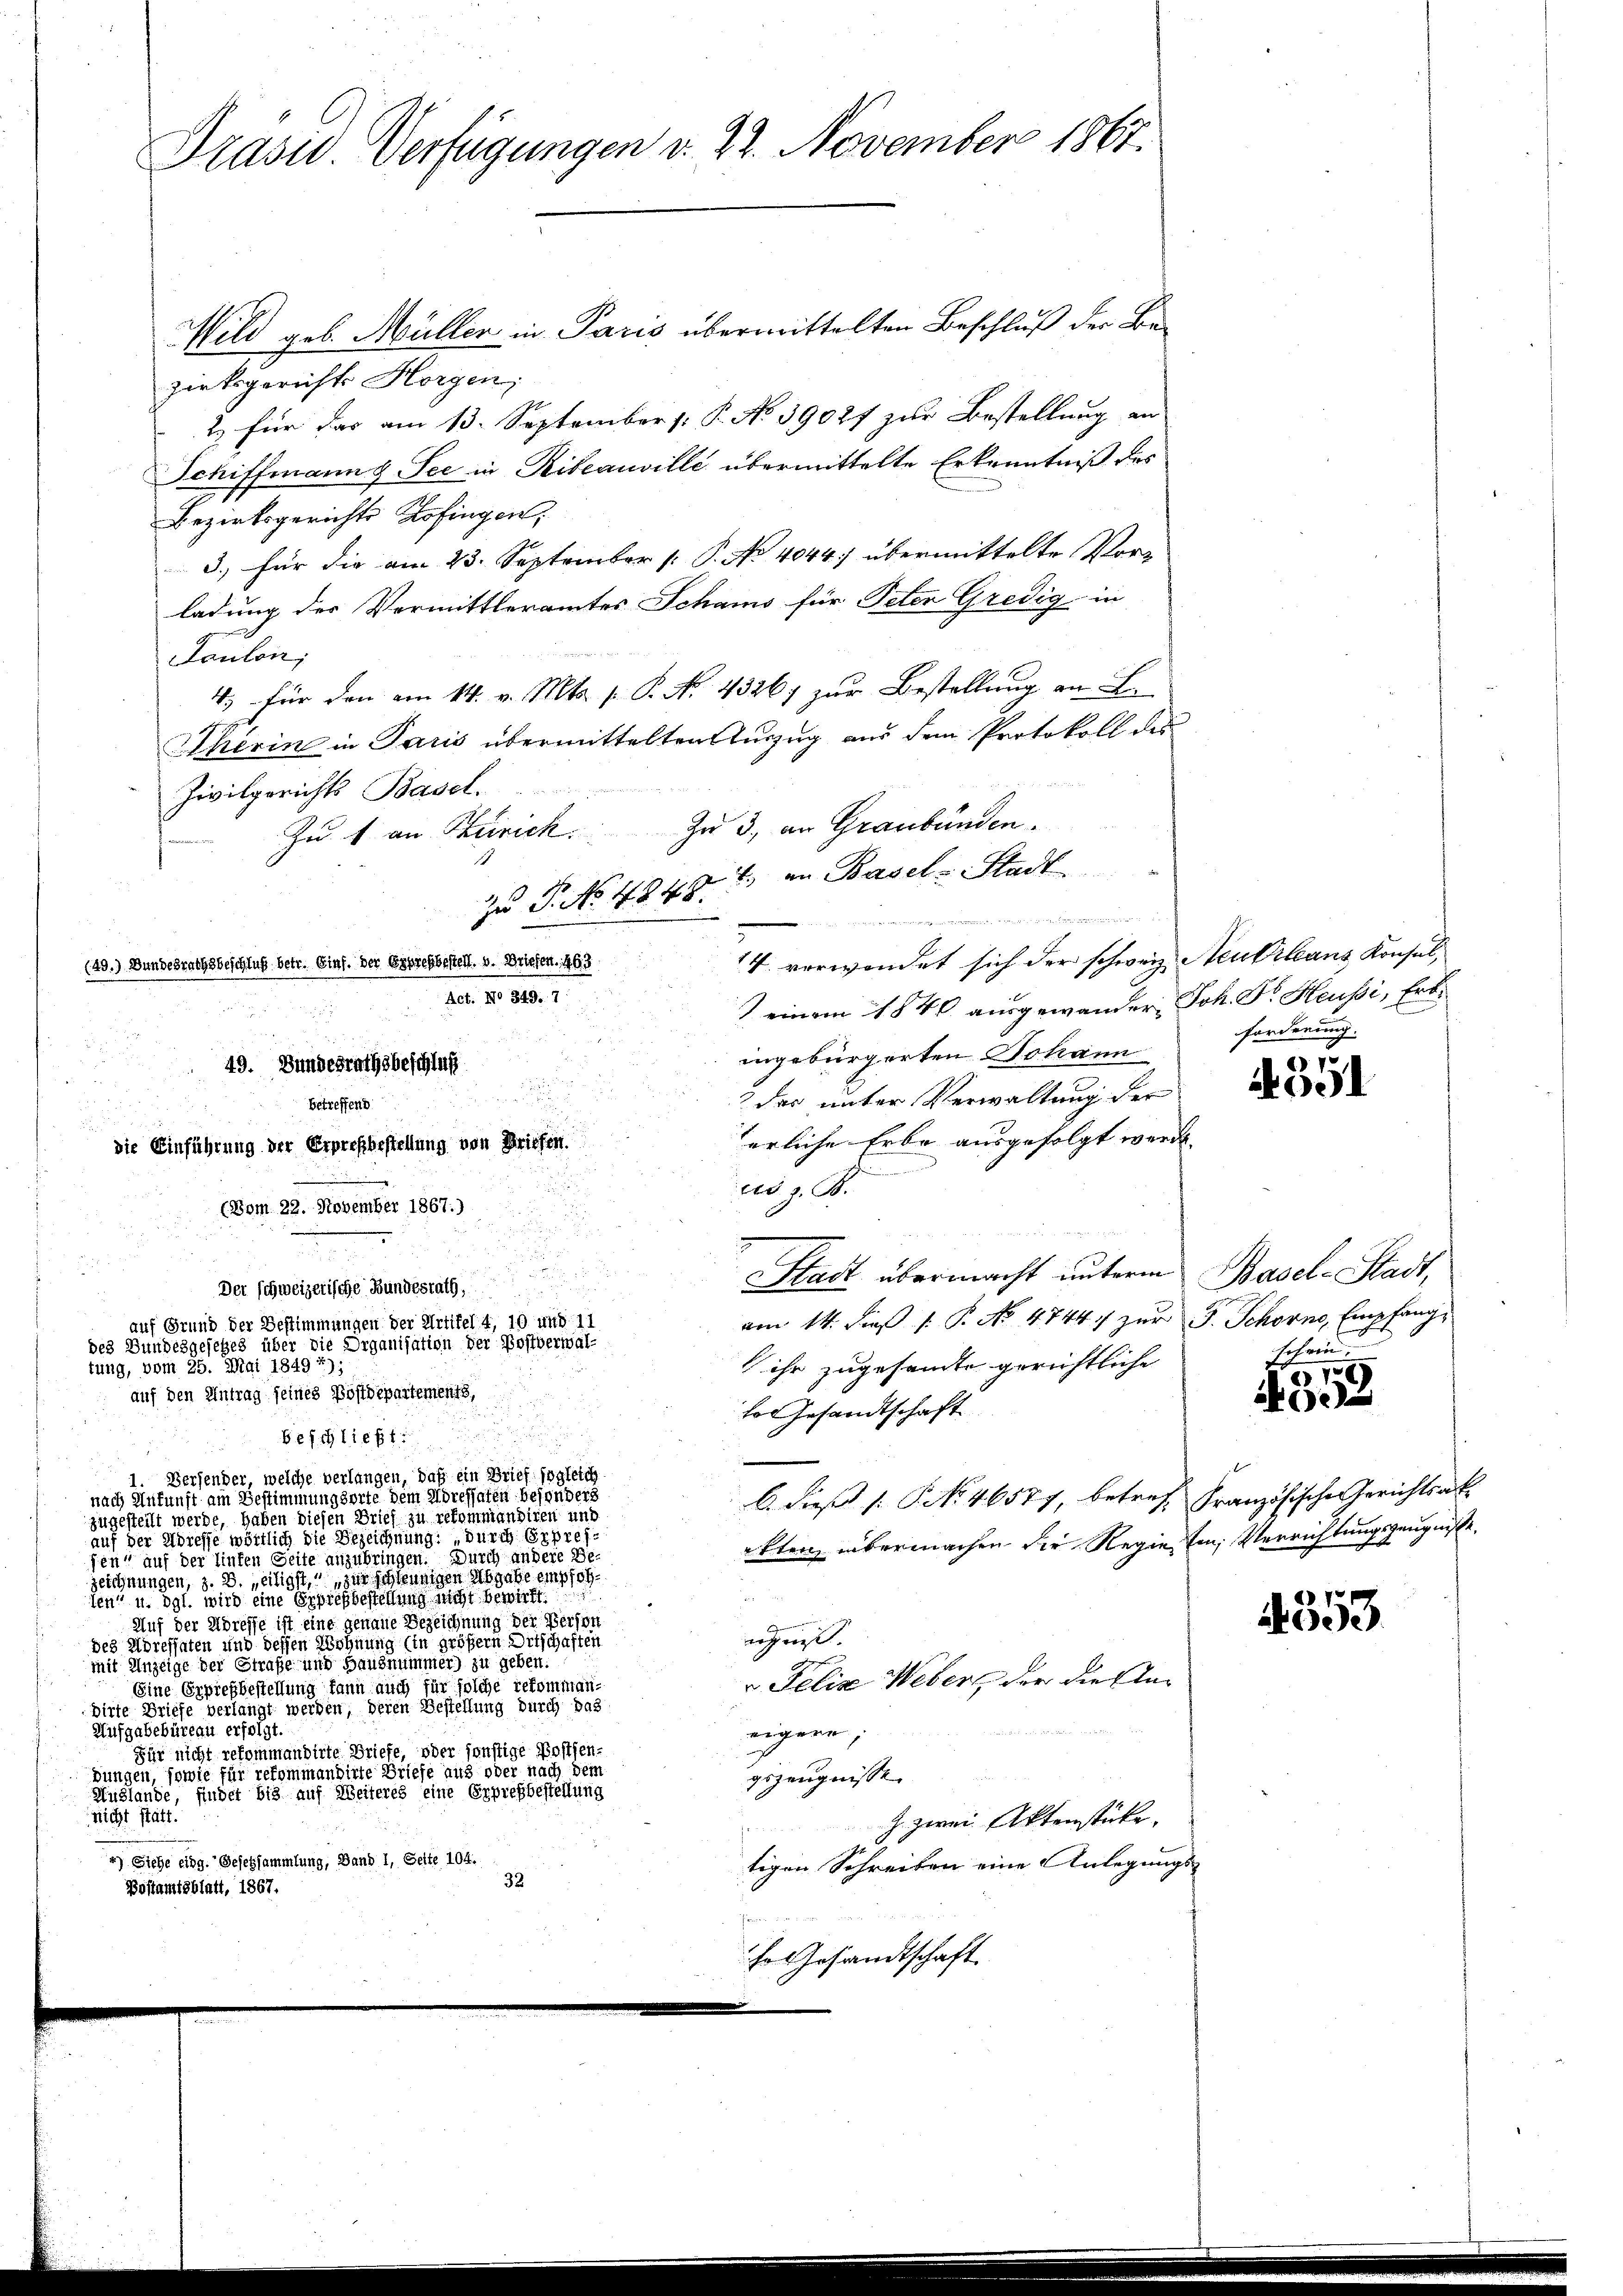
Wild geb. Müller in Paris übermittelten Beschluß der Bezirksgerichts Horgen;
2. für das am 13. September : P. No. 39027 zur Bestellung an
Schiffmann & See in Riteauville übermittelte Erkenntniß des
Bezirksgerichts Zofingen,
3.) für die am 23. September [ P. No 4044) übermittelte Vorladung der Vermittleramtes Schams für Peter Gredig in
Faulen;
4.) Für den am 14. v. Mts. f. P. No. 43267 zur Bestellung an L.
Therin in Paris übermittelten Auszug aus dem Protokoll des
Zivilgerichts Basel.
Zu 3, an Graubünden.
Zu 1 an Zürich.
1
zu P. No 4848. 1) in Basel-Stadt
14 verwendet sich der schweiz. Neukrleans Konsul,
(49.) Bundesrathsbeschluß betr. Einf. der Espresbestell. v. Briefen. 463
Act. No 349. 7
) einem 1840 ausgewander, Joh. Dr. Heußi, Erbingebürgerten Johann
49. Bundesrathsbeschluß
2 das unter Verwaltung der
betreffend
.
erliche Erbe ausgefolgt werde.
die Einführung der Erprefbestellung von Briefen.
d z. B.
(Dom 22. November 1867.)
5
d
Stadt übermacht unterm
Der schweizerische Bundesrath,

am 14. dieß P. No. 4744 zur F. Schorno, Empfang
auf Grund der Bestimmungen der Artikel 4, 10 und 11
des Bundesgesetzes über die Organisation der Postverwal-
ihr zugesandte gerichtliche
tung, vom 25. Mai 1849 7);
auf den Antrag seines Postdepartements,
hor Gesandtschaft
beschließt:
1. Dersender, welche verlangen, daß ein Brief sogleich
nach Ankunft am Bestimmungsorte dem Höressaten besonders
b. dieß (: No 46577, betref Französische Gerichtsak
zugestellt werde, haben diesen Brief zu reformandiren und
auf der Adreffe wörtlich die Bezeichnung durch Expresekten übermachen die Regie ein Verrichtungszeugnisse,
fen, auf der hinten Seite anzubringen. Durch andere Bezeichnungen, z. B. „eiligst, zur schleunigen Abgabe empfohsen“ u. dgl. wird eine Eppresbestellung nicht bewirkt
Auf der Adresse ist eine genaue Bezeichnung der Person
echnis.
des Adressaten und dessen Wohnung (in größern Ortschaften
mit Anzeige der Straße und Hausnummer) zu geben.
v. Felix Webers der diesen
Eine Erpiefbestellung kann auch für solche gekommandirte Briefe verlangt werden, deren Bestellung durch das
Aufgabebüreau erfolgt.
eigern,
Für nicht refommandirte Briefe, oder sonstige Posten-
dungen, sowie für refommandirte Briefe aus oder nach dem
gszeugnisse
Huglande, findet bis auf Weiteres eine Erprefbestellung
nicht statt.
Z. zwei Aktenstücke.
) Siehe eidg. Gesetzsammlung, Band 1, Seite 104.
tigen Schreiben eine Anlegungs-
32
Bostamtsblatt, 1867.
h
hr Gesandtschaft.

Präsid Verfügungen v. 22. November 1867.

forderung.
7

2001

Basel-Stadt,
schein

27
e

353